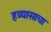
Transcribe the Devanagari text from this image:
हव्यासाचा